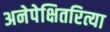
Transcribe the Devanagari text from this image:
अनेपेक्षितरित्या